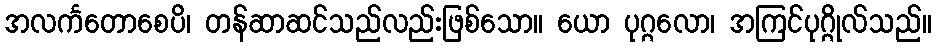
အလင်္ကတောစေပိ၊ တန်ဆာဆင်သည်လည်းဖြစ်သော။ ယော ပုဂ္ဂလော၊ အကြင်ပုဂ္ဂိုလ်သည်။